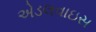
એડલવાઇસ